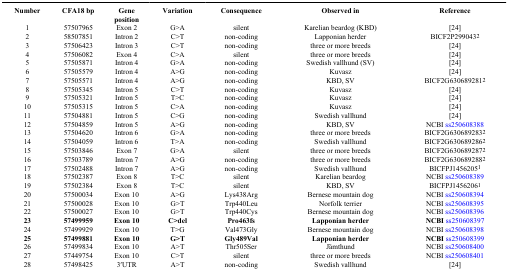
<table><thead><tr><td><b>Number</b></td><td><b>CFA18 bp</b></td><td><b>Gene position</b></td><td><b>Variation</b></td><td><b>Consequence</b></td><td><b>Observed in</b></td><td><b>Reference</b></td></tr></thead><tbody><tr><td>1</td><td>57507965</td><td>Exon 2</td><td>G&gt;A</td><td>silent</td><td>Karelian beardog (KBD)</td><td> [24]</td></tr><tr><td>2</td><td>58507851</td><td>Intron 2</td><td>C&gt;T</td><td>non-coding</td><td>Lapponian herder</td><td>BICF2P299043<sup>2</sup></td></tr><tr><td>3</td><td>57506423</td><td>Intron 3</td><td>C&gt;T</td><td>non-coding</td><td>three or more breeds</td><td> [24]</td></tr><tr><td>4</td><td>57506082</td><td>Exon 4</td><td>C&gt;A</td><td>silent</td><td>three or more breeds</td><td> [24]</td></tr><tr><td>5</td><td>57505871</td><td>Intron 4</td><td>G&gt;A</td><td>non-coding</td><td>Swedish vallhund (SV)</td><td> [24]</td></tr><tr><td>6</td><td>57505579</td><td>Intron 4</td><td>A&gt;G</td><td>non-coding</td><td>Kuvasz</td><td> [24]</td></tr><tr><td>7</td><td>57505571</td><td>Intron 4</td><td>A&gt;G</td><td>non-coding</td><td>KBD, SV</td><td>BICF2G630689281<sup>2</sup></td></tr><tr><td>8</td><td>57505345</td><td>Intron 5</td><td>C&gt;T</td><td>non-coding</td><td>Kuvasz</td><td> [24]</td></tr><tr><td>9</td><td>57505321</td><td>Intron 5</td><td>T&gt;C</td><td>non-coding</td><td>Kuvasz</td><td> [24]</td></tr><tr><td>10</td><td>57505315</td><td>Intron 5</td><td>C&gt;A</td><td>non-coding</td><td>Kuvasz</td><td> [24]</td></tr><tr><td>11</td><td>57504881</td><td>Intron 5</td><td>C&gt;G</td><td>non-coding</td><td>Swedish vallhund</td><td> [24]</td></tr><tr><td>12</td><td>57504859</td><td>Intron 5</td><td>A&gt;G</td><td>non-coding</td><td>KBD, SV</td><td>NCBI ss250608388</td></tr><tr><td>13</td><td>57504620</td><td>Intron 6</td><td>G&gt;A</td><td>non-coding</td><td>three or more breeds</td><td>BICF2G630689283<sup>2</sup></td></tr><tr><td>14</td><td>57504059</td><td>Intron 6</td><td>T&gt;A</td><td>non-coding</td><td>Swedish vallhund</td><td>BICF2G630689286<sup>2</sup></td></tr><tr><td>15</td><td>57503846</td><td>Exon 7</td><td>G&gt;A</td><td>silent</td><td>three or more breeds</td><td>BICF2G630689287<sup>2</sup></td></tr><tr><td>16</td><td>57503789</td><td>Intron 7</td><td>A&gt;G</td><td>non-coding</td><td>three or more breeds</td><td>BICF2G630689288<sup>2</sup></td></tr><tr><td>17</td><td>57502488</td><td>Intron 7</td><td>A&gt;G</td><td>non-coding</td><td>Swedish vallhund</td><td>BICFPJ1456205<sup>1</sup></td></tr><tr><td>18</td><td>57502387</td><td>Exon 8</td><td>T&gt;C</td><td>silent</td><td>Karelian beardog</td><td>NCBI ss250608389</td></tr><tr><td>19</td><td>57502384</td><td>Exon 8</td><td>T&gt;C</td><td>silent</td><td>KBD, SV</td><td>BICFPJ1456206<sup>1</sup></td></tr><tr><td>20</td><td>57500034</td><td>Exon 10</td><td>A&gt;G</td><td>Lys438Arg</td><td>Bernese mountain dog</td><td>NCBI ss250608394</td></tr><tr><td>21</td><td>57500028</td><td>Exon 10</td><td>G&gt;T</td><td>Trp440Leu</td><td>Norfolk terrier</td><td>NCBI ss250608395</td></tr><tr><td>22</td><td>57500027</td><td>Exon 10</td><td>G&gt;T</td><td>Trp440Cys</td><td>Bernese mountain dog</td><td>NCBI ss250608396</td></tr><tr><td><b>23</b></td><td><b>57499959</b></td><td><b>Exon 10</b></td><td><b>C&gt;del</b></td><td><b>Pro463fs</b></td><td><b>Lapponian herder</b></td><td><b>NCBI</b>ss250608397</td></tr><tr><td>24</td><td>57499929</td><td>Exon 10</td><td>T&gt;G</td><td>Val473Gly</td><td>Bernese mountain dog</td><td>NCBI ss250608398</td></tr><tr><td><b>25</b></td><td><b>57499881</b></td><td><b>Exon 10</b></td><td><b>G&gt;T</b></td><td><b>Gly489Val</b></td><td><b>Lapponian herder</b></td><td><b>NCBI</b>ss250608399</td></tr><tr><td>26</td><td>57499834</td><td>Exon 10</td><td>A&gt;T</td><td>Thr505Ser</td><td>Jämthund</td><td>NCBI ss250608400</td></tr><tr><td>27</td><td>57449754</td><td>Exon 10</td><td>C&gt;T</td><td>silent</td><td>three or more breeds</td><td>NCBI ss250608401</td></tr><tr><td>28</td><td>57498425</td><td>3′UTR</td><td>A&gt;T</td><td>non-coding</td><td>Swedish vallhund</td><td> [24]</td></tr></tbody></table>